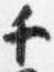
チ